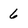
Character: 6